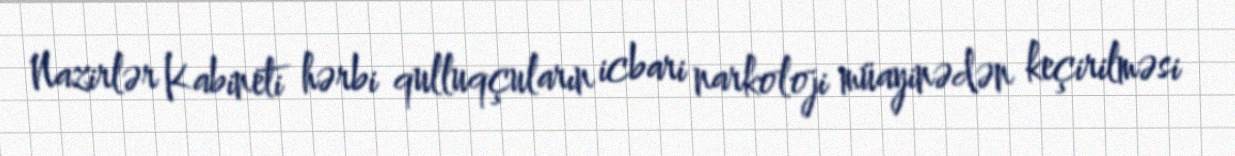
Nazirlər Kabineti hərbi qulluqçuların icbari narkoloji müayinədən keçirilməsi